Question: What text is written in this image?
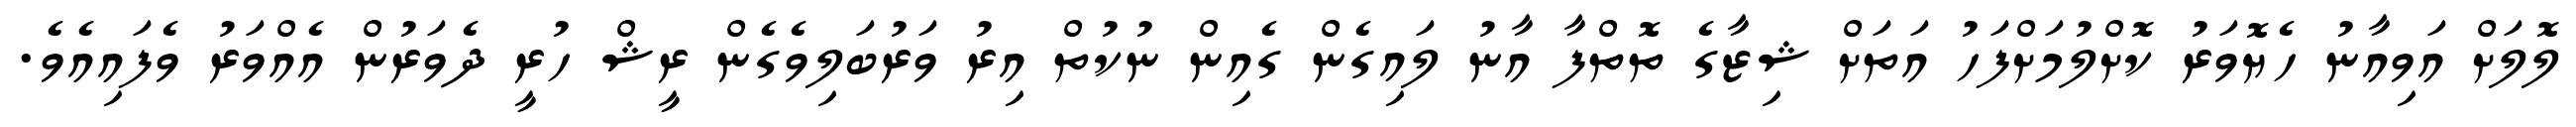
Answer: ލޮލަށް އަވިއާނު ހެޔޮވަރު ކޮށްލުމަށްފަހު އަތަށް ޝިޒާގެ ތޮތްފާ އާނު ލައިގެން ގެއިން ނުކުތް އިރު ވަރުބަލިވެގެން ރީޝް ހުރީ ދެވަރުން އެއްވަރު ވެފައިއެވެ.